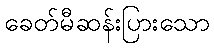
ခေတ်မီဆန်းပြားသော